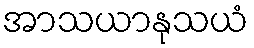
အာသယာနုသယံ